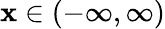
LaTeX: \mathbf{x}\in(-\infty,\infty)